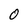
Character: 0